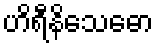
ဟိရီနိသေဓော